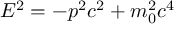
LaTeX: E ^ { 2 } = - p ^ { 2 } c ^ { 2 } + m _ { 0 } ^ { 2 } c ^ { 4 }